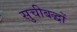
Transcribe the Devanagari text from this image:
सुचीबद्धों